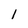
Character: 1